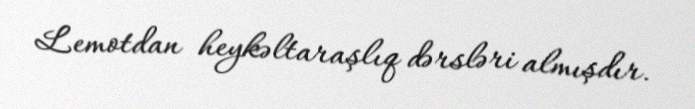
Lemotdan heykəltaraşlıq dərsləri almışdır.